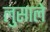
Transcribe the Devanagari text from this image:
लुसाले